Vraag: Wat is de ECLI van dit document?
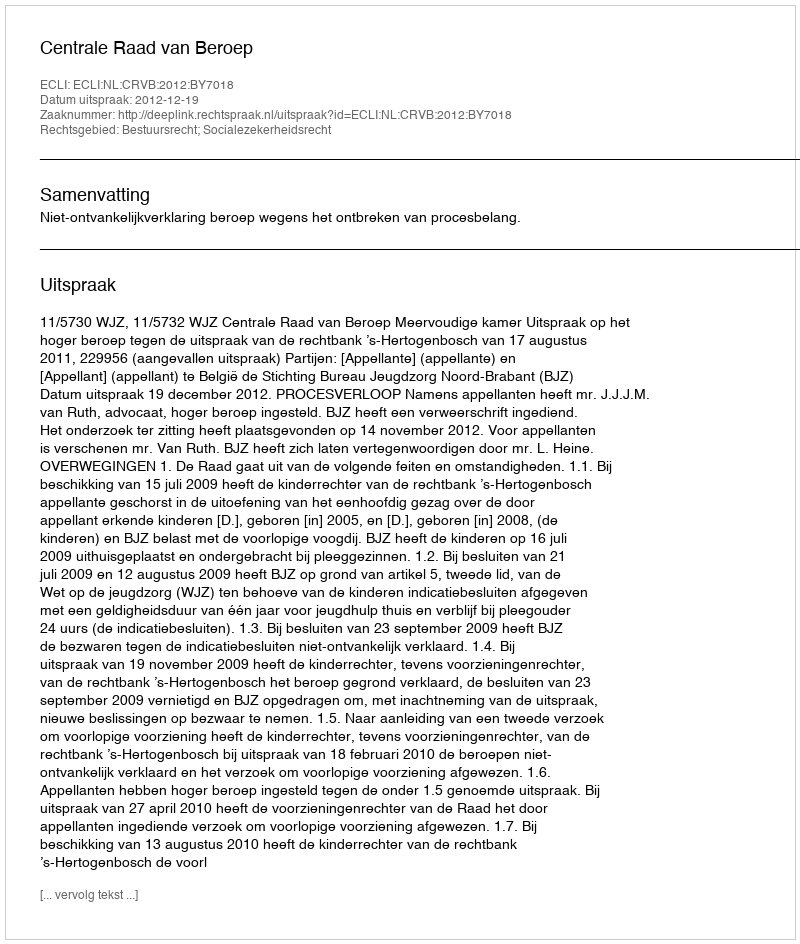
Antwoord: ECLI:NL:CRVB:2012:BY7018